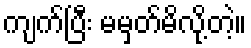
ကျက်ပြီး မမှတ်မိလို့တဲ့။